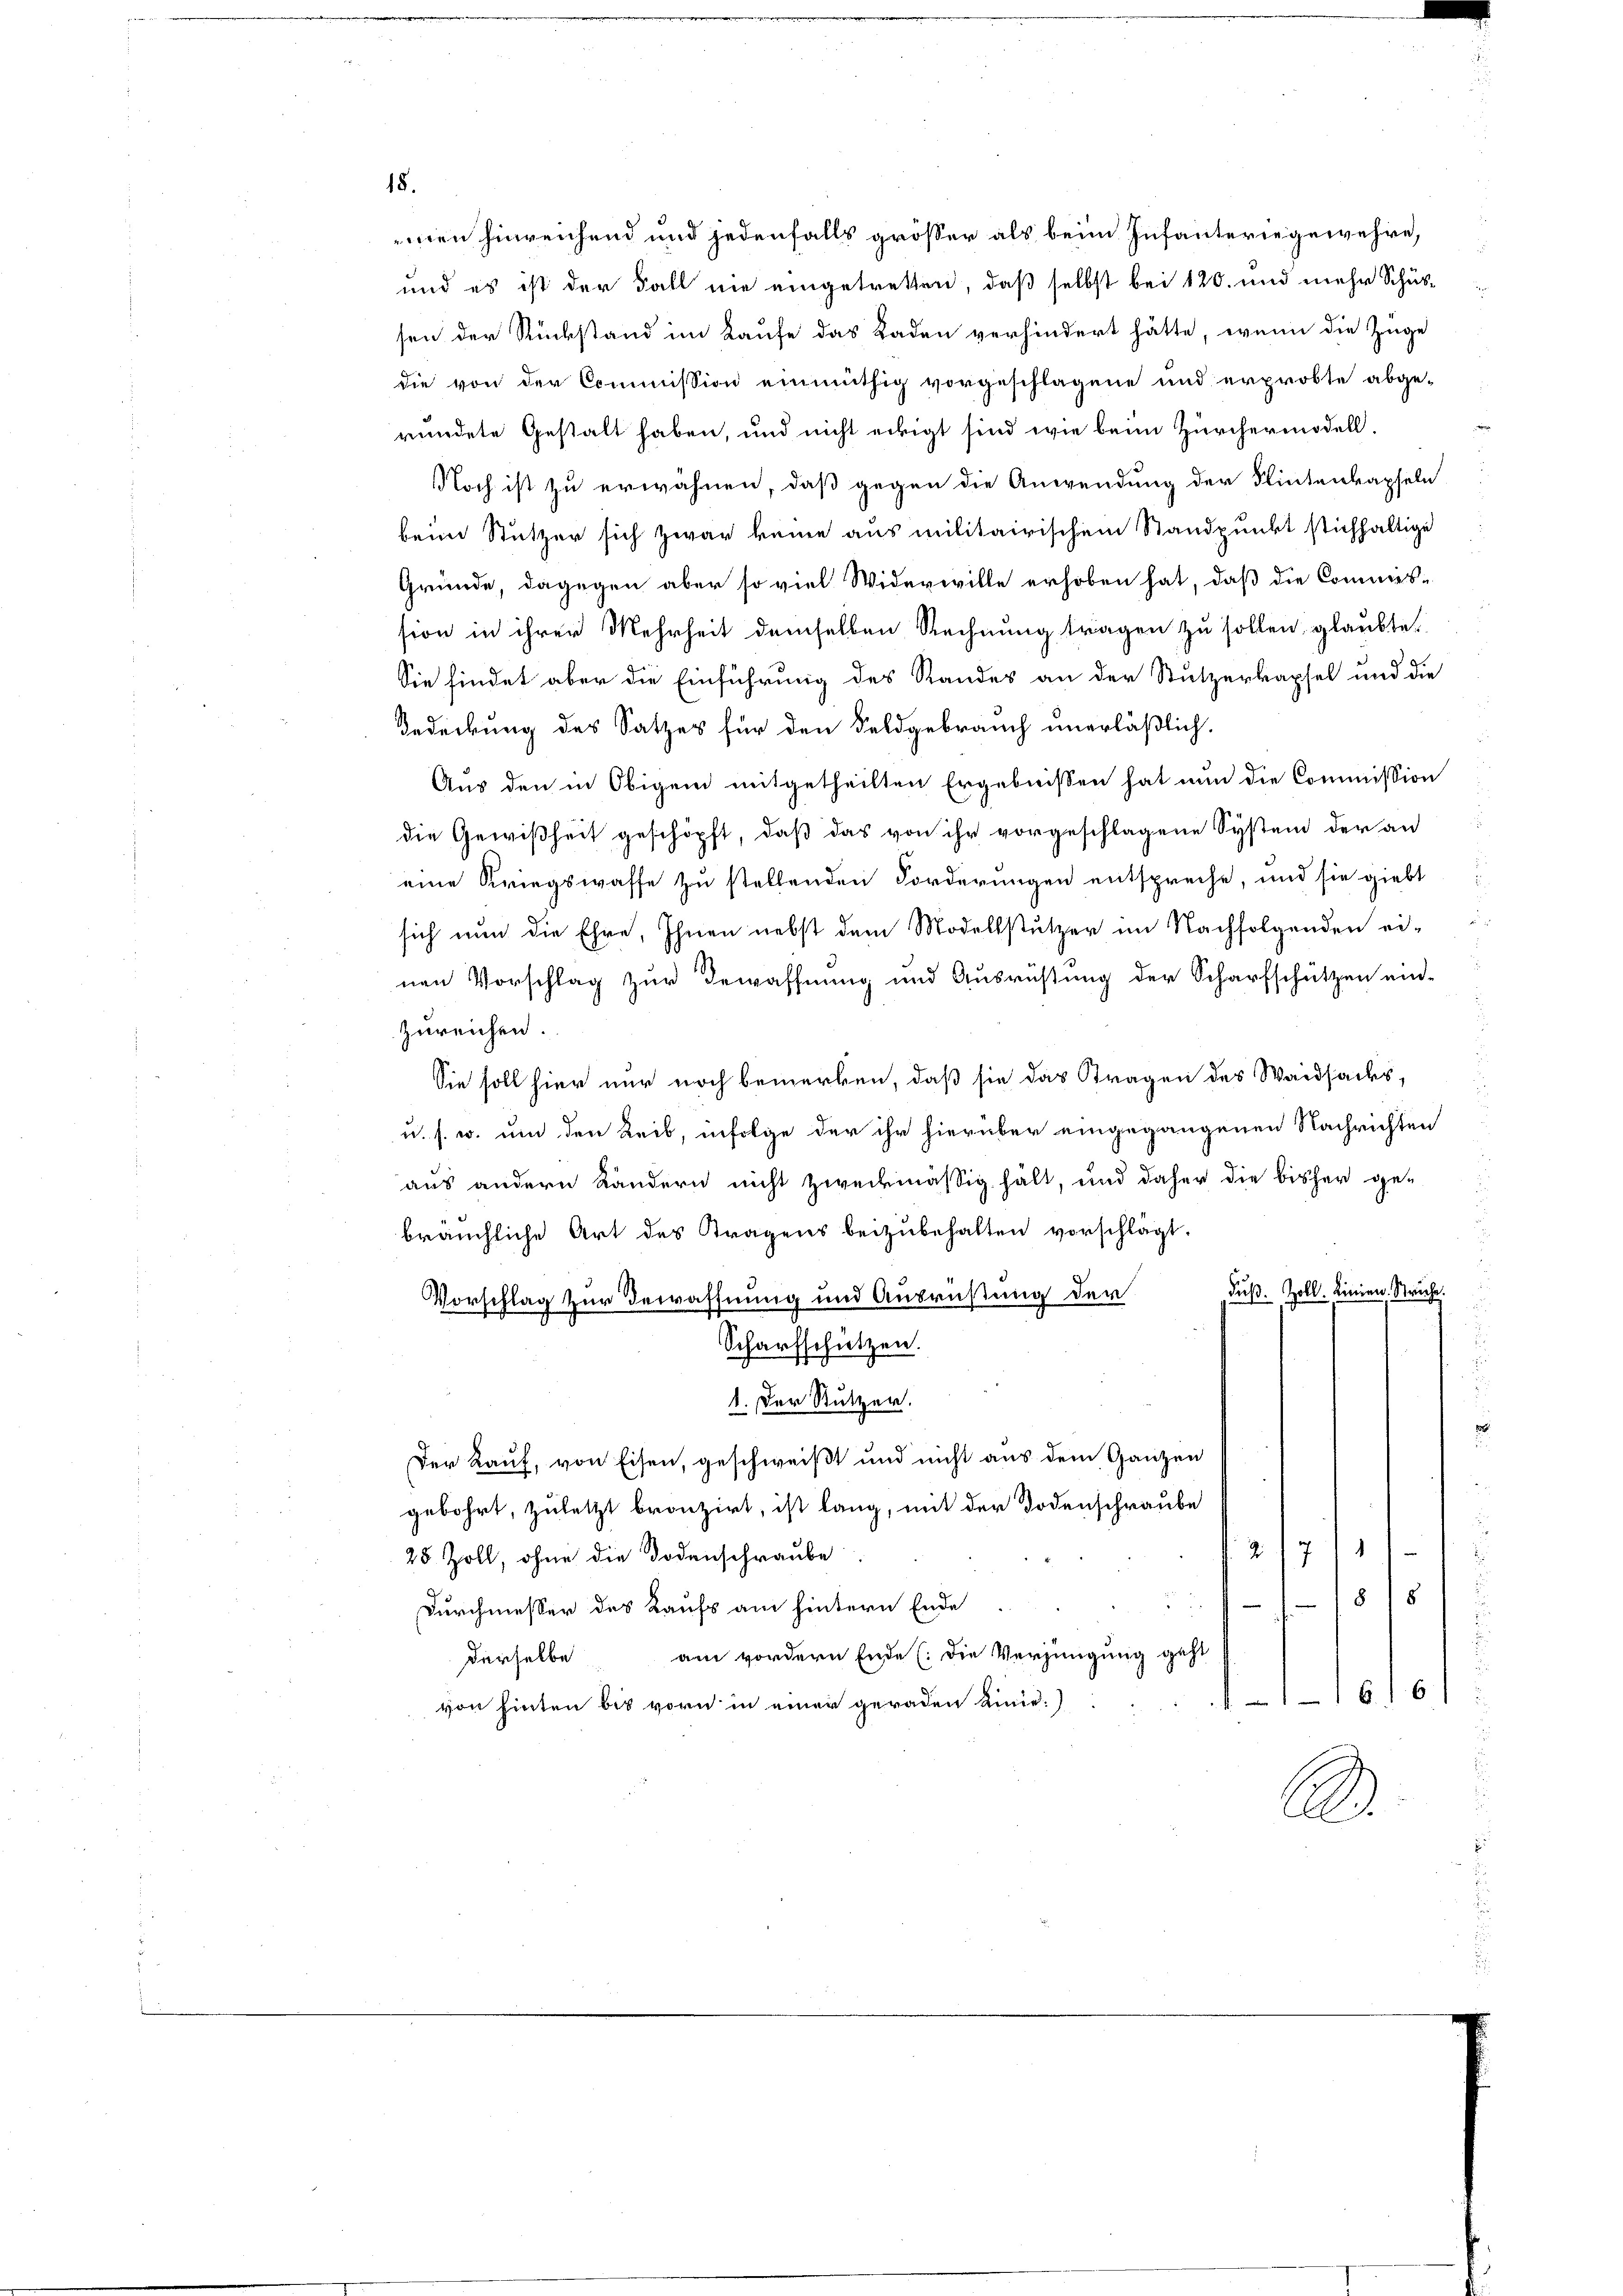
18.

men hinreichend und jedenfalls grösser als beim Infanteriegewehre,
und es ist der Fall nie eingetretten, daß selbst bei 120. und mehr Schussen der Rückstand im Kaufe das Laden verhindert hätte, wenn die Züge
die von der Commission einmüthig vorgeschlagene und erprobte abge-
ründete Gestalt haben, und nicht eckigt sind wie beim Zürchermodell,
Noch ist zu erwähnen, daß gegen die Anwendung der Wintenkapseln
beim Stutzer sich zwar keine aus militairischem Standpunkt stichhaltige
Gründe, dagegen aber so viel Widerwille erhoben hat, daß die Commis-
sion in ihrer Mehrheit demselben Rechnung tragen zu sollen, glaubte,
Sie findet aber die Einführung des Standes an der Stutzerkapsel und die
Gedeckung des Satzes für den Feldgebrauch unerläßlich.
Aus den in Obigem mitgetheilten Ergebnissen hat nun die Commission
die Gewißheit geschöpft, daß das von ihr vorgeschlagene System der an
eine Kriegswasse zu stellenden Forderungen entspreche, und sie giebt
sich nun die Ehre, Ihnen nebst dem Modelsstutzer im Nachfolgenden einen Vorschlag zur Bewaffnung und Ausrüstung der Scharfschützen ein-
zureichen.
Sie soll hier nur noch bemerken, daß sie das Stragen des Waidsacks,
u. s. w. um der Leib, infolge der ihr hierüber eingegangenen Nachrichten
aus andern Kändern nicht zweckmäßig hält, und daher die bisher ge-
bräuchliche Art des Tragens beizubehalten vorschlägt.
Fuß. Zoll. Linien, Struche.
Vorschlag zur Bewaffnung und Ausrüstung der
u
Scharfschützen.
1. Der Nutzer.
Der Kauf, von Eisen, geschweißt und nicht aus dem Ganzen
gebohrt, zuletzt bronzirt, ist lang, mit der Todenschraube
¬
28 Zoll, ohne die Todenschraube
5
Durchmesser des Kaufs am hintern Ende
derselbe am vordern Ende (: die Verjüngung geht
16.10.
von hinten bis vorn in einer geraden Linie.)
.

z